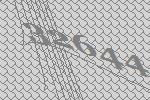
32644